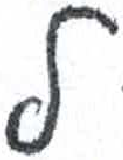
אות: ל